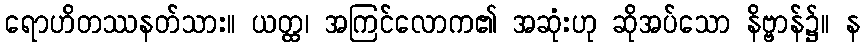
ရောဟိတဿနတ်သား။ ယတ္ထ၊ အကြင်လောက၏ အဆုံးဟု ဆိုအပ်သော နိဗ္ဗာန်၌။ န